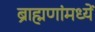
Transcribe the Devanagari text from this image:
ब्राह्मणांमध्यें